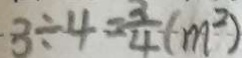
3 \div 4 = \frac { 3 } { 4 } ( m ^ { 2 } )